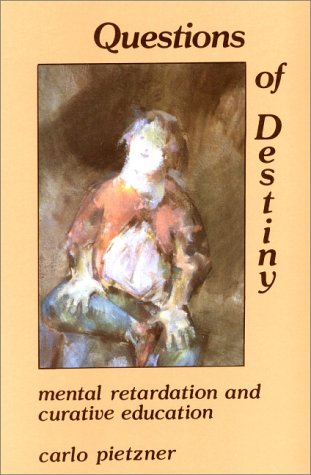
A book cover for Questions of Destiny: Mental Retardation and Curative Education; Carlo Pietzner; Health, Fitness & Dieting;